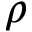
\rho